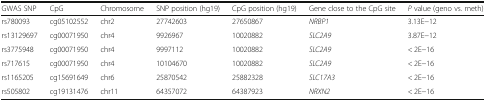
<table><thead><tr><td><b>GWAS SNP</b></td><td><b>CpG</b></td><td><b>Chromosome</b></td><td><b>SNP position (hg19)</b></td><td><b>CpG position (hg19)</b></td><td><b>Gene close to the CpG site</b></td><td><b><i>P</i> value (geno vs. meth)</b></td></tr></thead><tbody><tr><td>rs780093</td><td>cg05102552</td><td>chr2</td><td>27742603</td><td>27650867</td><td><i>NRBP1</i></td><td>3.13E−12</td></tr><tr><td>rs13129697</td><td>cg00071950</td><td>chr4</td><td>9926967</td><td>10020882</td><td><i>SLC2A9</i></td><td>3.87E−12</td></tr><tr><td>rs3775948</td><td>cg00071950</td><td>chr4</td><td>9997112</td><td>10020882</td><td><i>SLC2A9</i></td><td>&lt; 2E−16</td></tr><tr><td>rs717615</td><td>cg00071950</td><td>chr4</td><td>10104670</td><td>10020882</td><td><i>SLC2A9</i></td><td>&lt; 2E−16</td></tr><tr><td>rs1165205</td><td>cg15691649</td><td>chr6</td><td>25870542</td><td>25882328</td><td><i>SLC17A3</i></td><td>&lt; 2E−16</td></tr><tr><td>rs505802</td><td>cg19131476</td><td>chr11</td><td>64357072</td><td>64387923</td><td><i>NRXN2</i></td><td>&lt; 2E−16</td></tr></tbody></table>